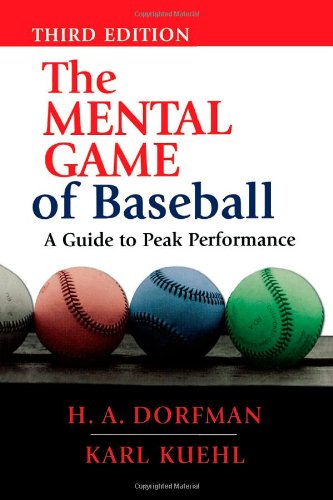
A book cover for The Mental Game of Baseball: A Guide to Peak Performance; H.A. Dorfman; Sports & Outdoors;